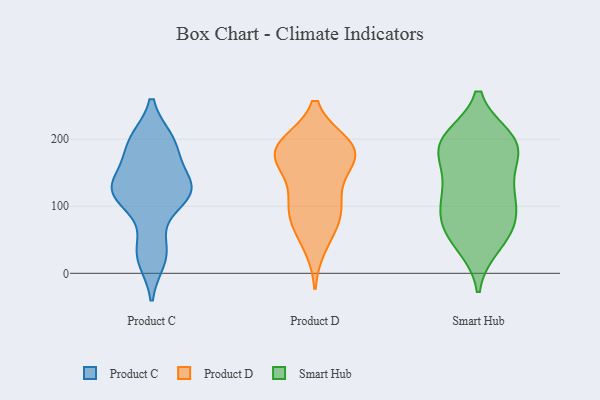
{"axis": {"x": "Conversion Rate (%)", "y": "Value"}, "legend": ["Product C", "Product D", "Smart Hub"], "data": [{"x": "", "y": 21, "type": "Product C"}, {"x": "", "y": 198, "type": "Product C"}, {"x": "", "y": 132, "type": "Product C"}, {"x": "", "y": 175, "type": "Product C"}, {"x": "", "y": 118, "type": "Product C"}, {"x": "", "y": 129, "type": "Product C"}, {"x": "", "y": 123, "type": "Product C"}, {"x": "", "y": 39, "type": "Product C"}, {"x": "", "y": 113, "type": "Product C"}, {"x": "", "y": 198, "type": "Product C"}, {"x": "", "y": 120, "type": "Product D"}, {"x": "", "y": 192, "type": "Product D"}, {"x": "", "y": 184, "type": "Product D"}, {"x": "", "y": 191, "type": "Product D"}, {"x": "", "y": 176, "type": "Product D"}, {"x": "", "y": 190, "type": "Product D"}, {"x": "", "y": 97, "type": "Product D"}, {"x": "", "y": 156, "type": "Product D"}, {"x": "", "y": 42, "type": "Product D"}, {"x": "", "y": 69, "type": "Product D"}, {"x": "", "y": 95, "type": "Product D"}, {"x": "", "y": 88, "type": "Product D"}, {"x": "", "y": 168, "type": "Product D"}, {"x": "", "y": 179, "type": "Product D"}, {"x": "", "y": 113, "type": "Smart Hub"}, {"x": "", "y": 200, "type": "Smart Hub"}, {"x": "", "y": 195, "type": "Smart Hub"}, {"x": "", "y": 187, "type": "Smart Hub"}, {"x": "", "y": 189, "type": "Smart Hub"}, {"x": "", "y": 129, "type": "Smart Hub"}, {"x": "", "y": 195, "type": "Smart Hub"}, {"x": "", "y": 87, "type": "Smart Hub"}, {"x": "", "y": 54, "type": "Smart Hub"}, {"x": "", "y": 64, "type": "Smart Hub"}, {"x": "", "y": 139, "type": "Smart Hub"}, {"x": "", "y": 43, "type": "Smart Hub"}, {"x": "", "y": 184, "type": "Smart Hub"}, {"x": "", "y": 105, "type": "Smart Hub"}, {"x": "", "y": 76, "type": "Smart Hub"}]}